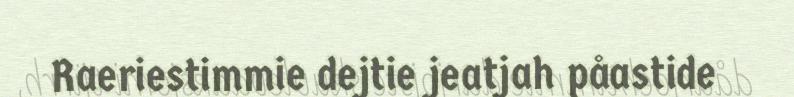
Raeriestimmie dejtie jeatjah påastide